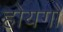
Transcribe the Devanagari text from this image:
होयगो